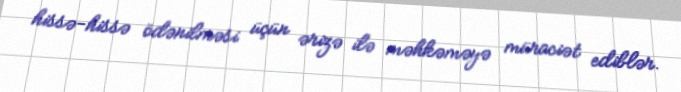
hissə-hissə ödənilməsi üçün ərizə ilə məhkəməyə müraciət ediblər.